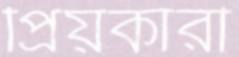
প্রিয়কারী